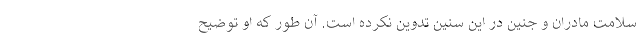
سلامت مادران و جنین در این سنین تدوین نکرده است. آن طور که او توضیح